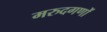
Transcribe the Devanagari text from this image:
मरुदगणों